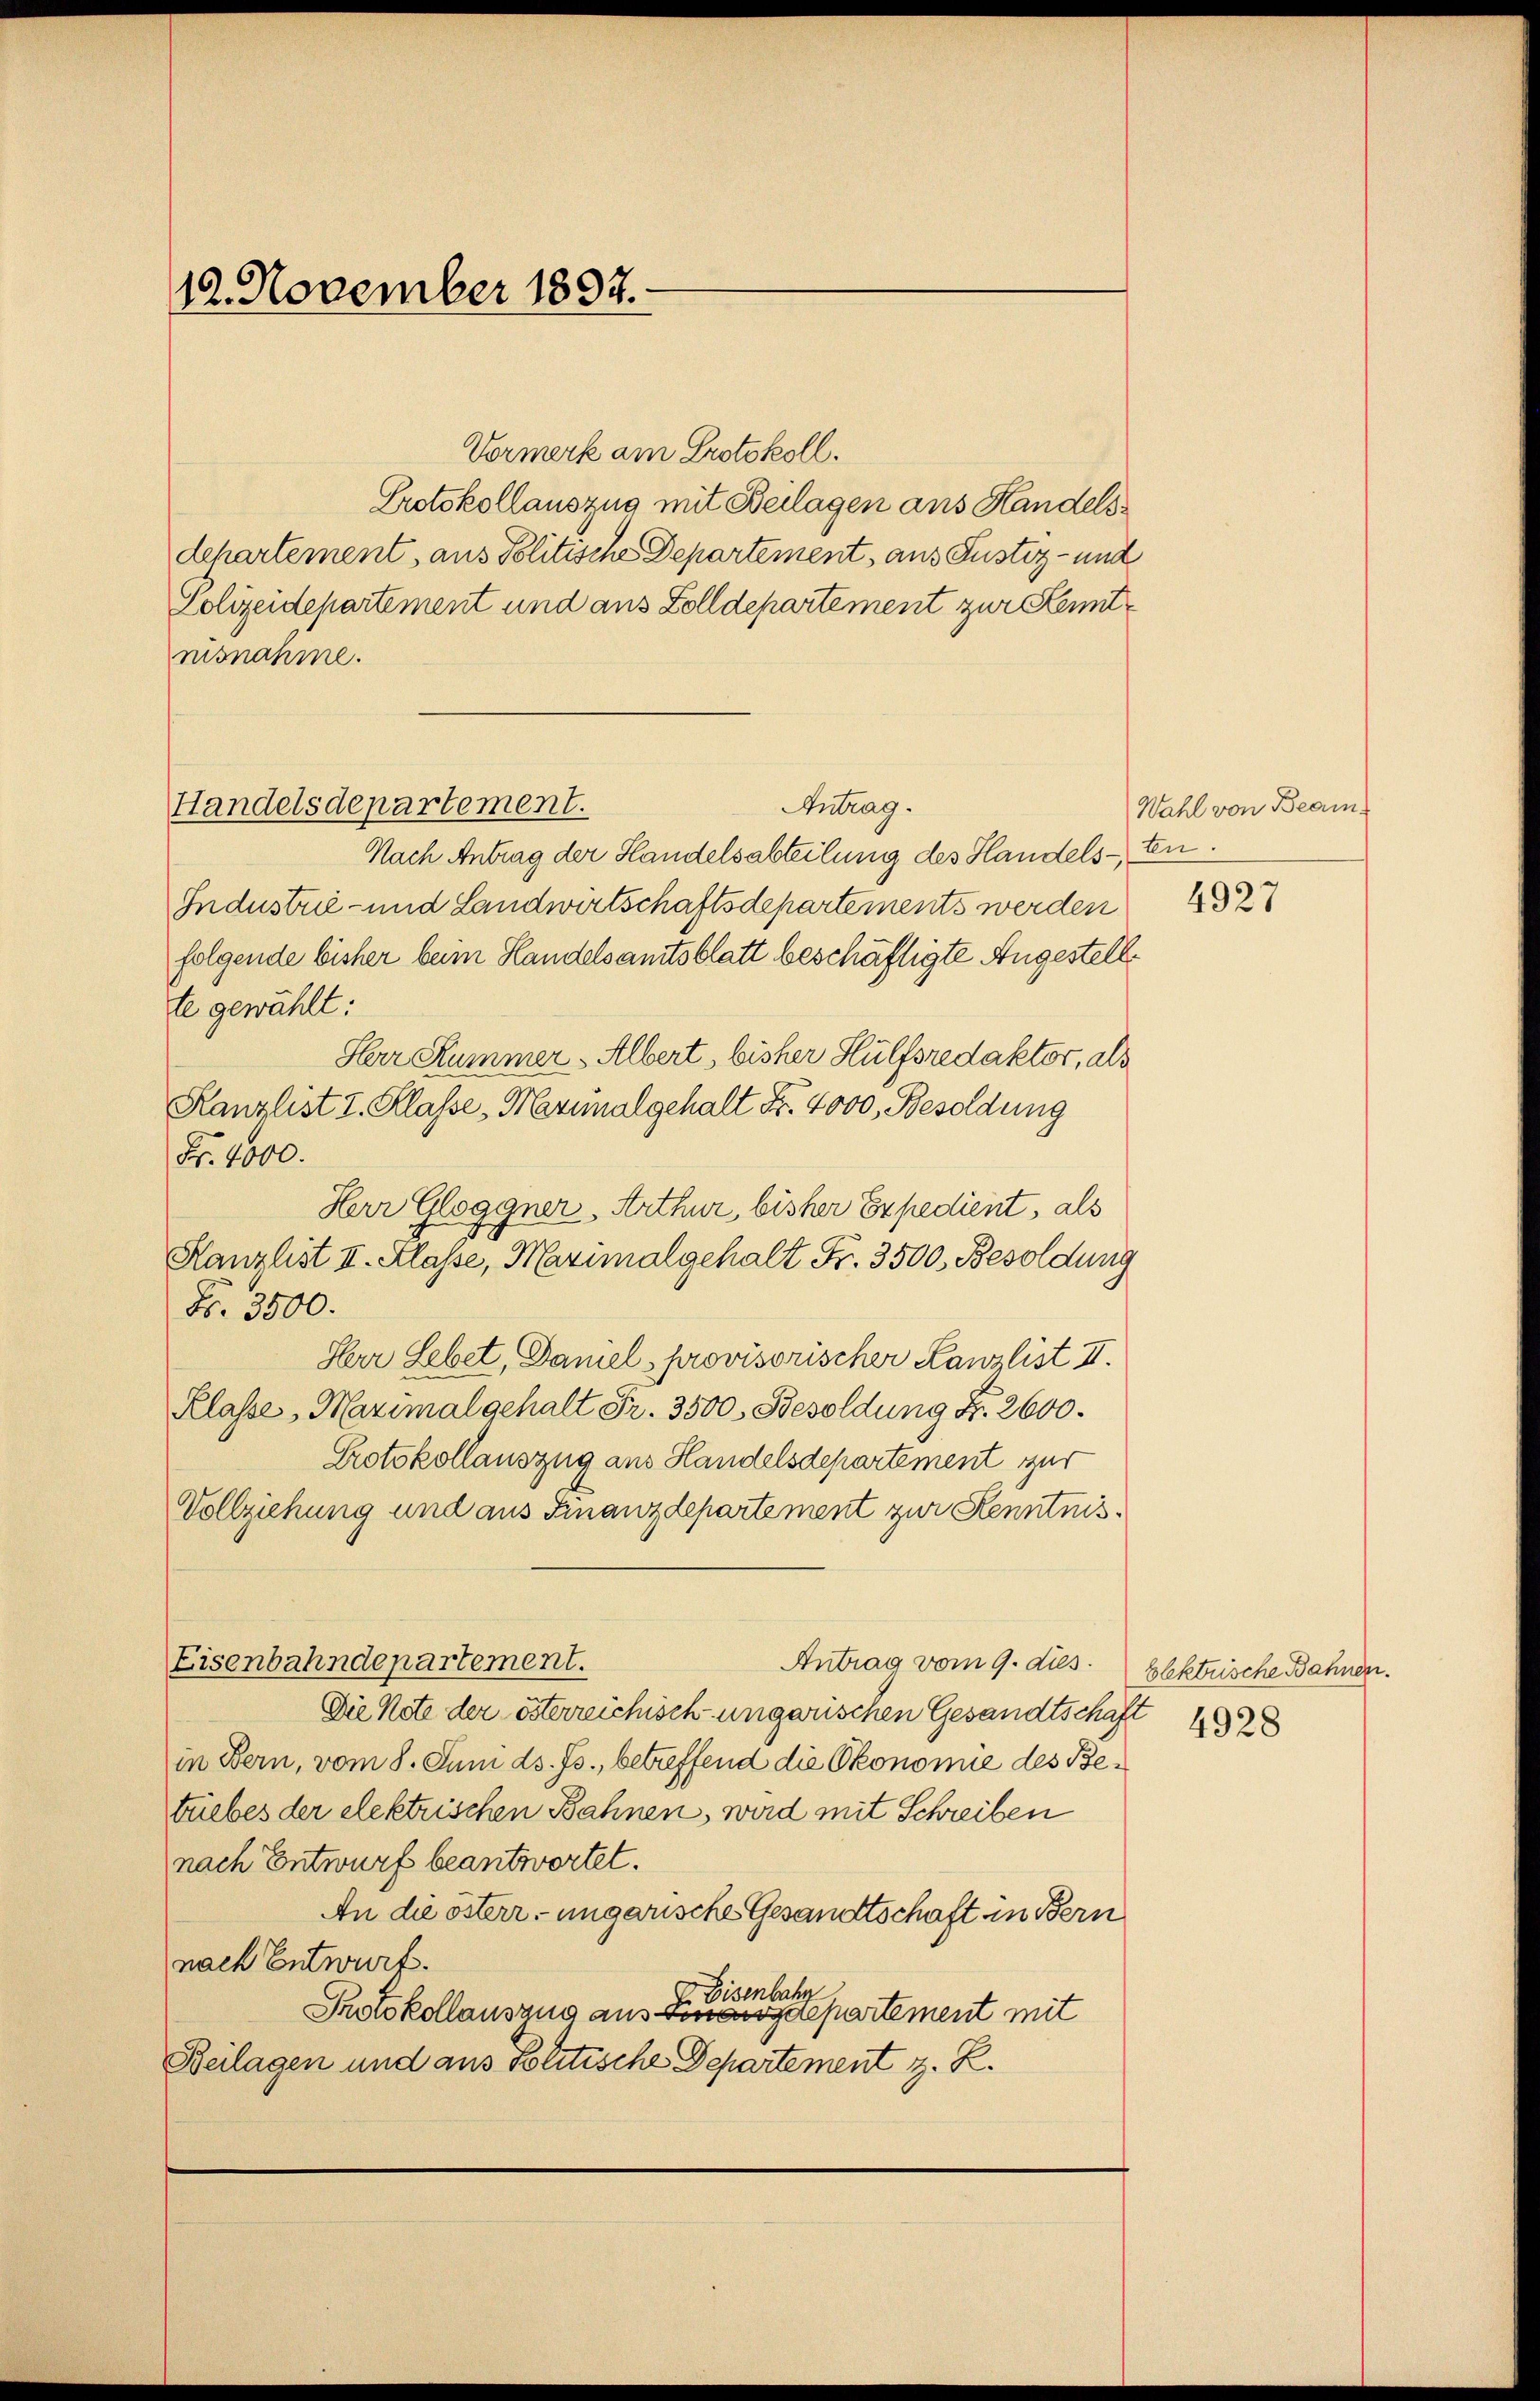
12. November 1897.

Handelsdepartement.

Vormerk am Protokoll.
Protokollauszug mit Beilagen ans Handels
dchartement, aus Politische Departement, aus Justiz- und
Polizeidepartement und aus Zolldepartement zur Kenntmisnahme.
Antrag.
Nach Antrag der Handelsabteilung des Handels- ten.
Industrie- und Landwirtschaftsdepartements werden
folgende bisher beim Handelsamtsblatt beschäftigte Angestellte gewählt:
Herr Kummer Albert, bisher Hülfsredaktor, als
Kanzlist I. Klasse, Marialgehalt Fr. 4000. Besoldung
Fr. 4000.
Herr Gloggner. Arthur, bisher Expedient, als
Hanzlist II. Klasse, Marimal gehalt Fr. 3500. Besoldung
Fr. 3500.
Herr Lebet, Damel provisorischer Kanzlist II.
Klasse, Marimal gehalt Fr. 3500 Besoldung Fr. 2600.
Protokollauszug aus Handelsdepartement zur
Vollziehung und aus Finanzdepartement zur Kenntnis¬
Antrag vom 9. dies
Eisenbahndepartement.
Die Note der österreichisch ungarischen Gesandtschaft
in Bern, vom 8. Juni ds. Js., betreffend die Ökonomie des Betuebes der elektrischen Bahnen, wird mit Schreiben
nach Entwurf beantwortet.
An die österr. ungarische Gesandtschaft in Bern
nach Entwurf.
I Eisenbahr
Protokollauszug aus Departement mit
Beilagen und aus Solitische Departement z. B.

Wahl von Beam
4927

blektrische Bahnen.
4928